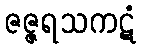
ဇဇ္ဇရသကဋံ